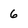
Character: 6